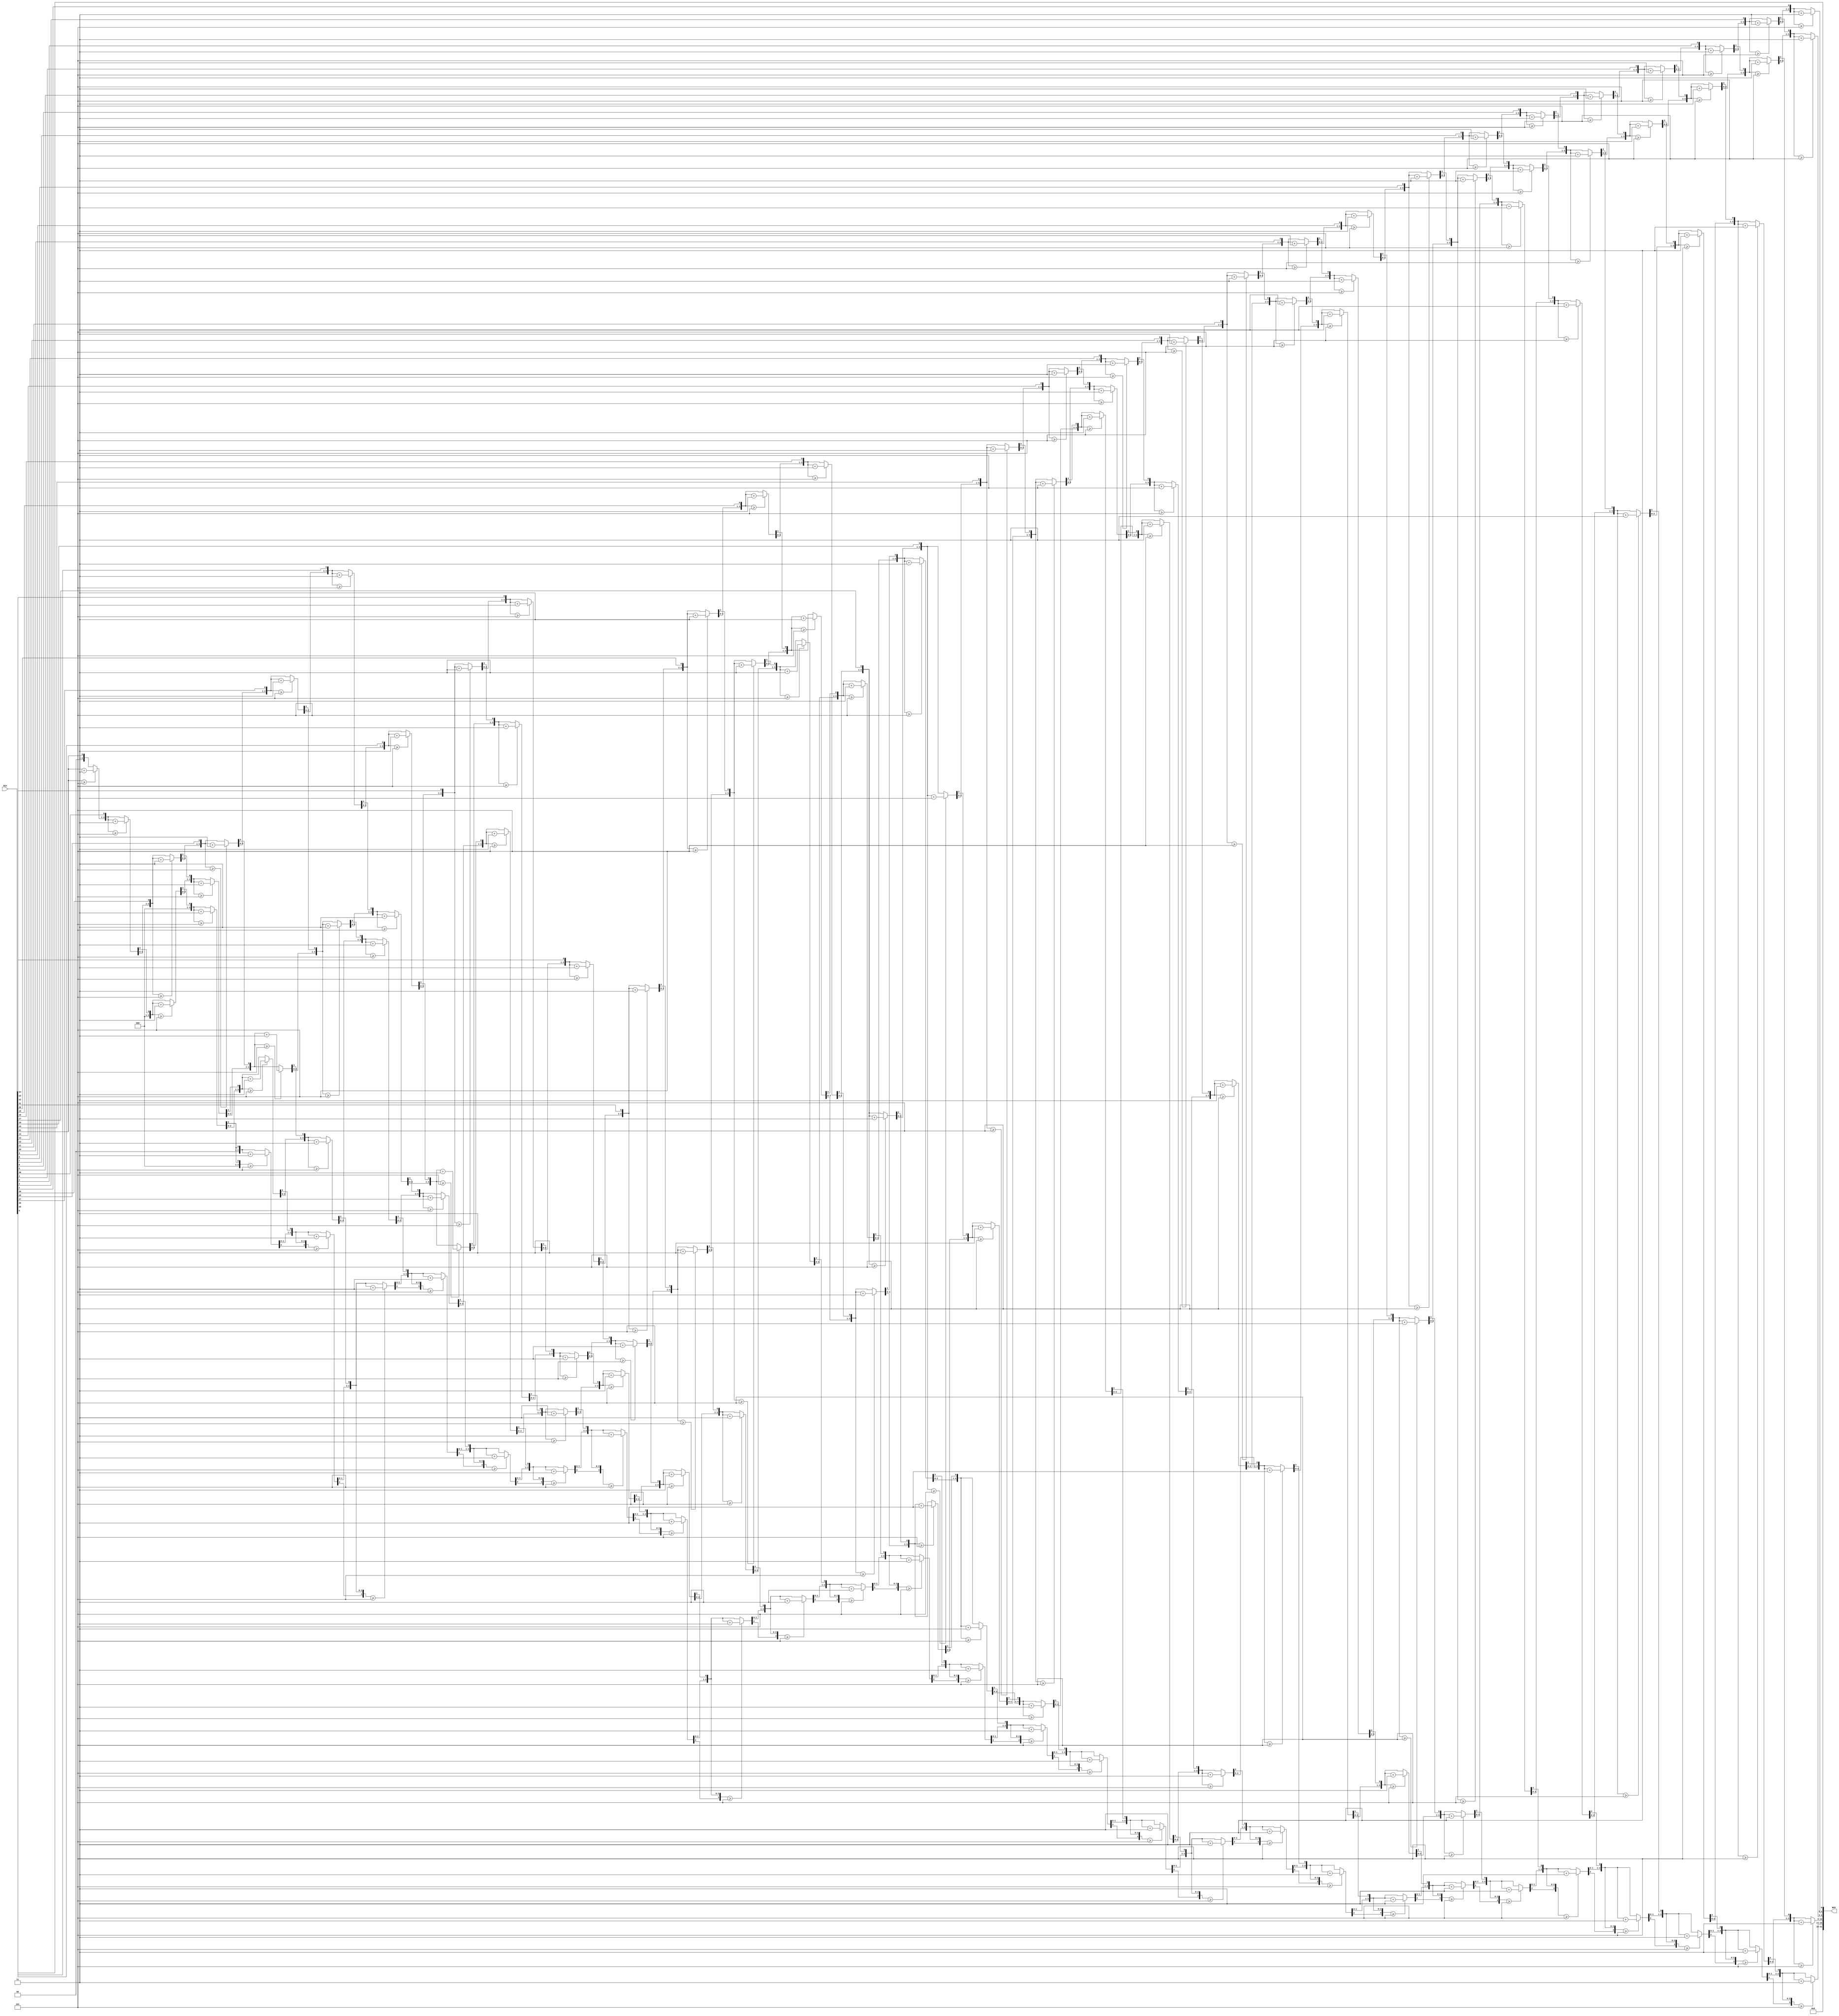
module BinToBCD(
    input [31:0] Bin, 
    output [31:0] BCD
);//3BCD
    integer i;
    //
    reg[3:0] Thousands, Hundreds, Tens, Ones;//3BCD
    assign BCD = {Thousands,Hundreds,Tens,Ones};
    always@(Bin) begin
        Thousands = 4'd0;
        Hundreds = 4'd0;
        Tens = 4'd0;
        Ones = 4'd0;
        for(i = 31; i >= 0; i = i - 1)
        begin
            if(Thousands >= 5)
                Thousands = Thousands+3;
            if(Hundreds >= 5)
                Hundreds = Hundreds + 3;
            if(Tens >= 5)
                Tens = Tens + 3;
            if(Ones >= 5)
                Ones = Ones + 3;
            Thousands = Thousands << 1;
            Thousands[0] = Hundreds[3];
            Hundreds = Hundreds<<1;
            Hundreds[0] = Tens[3];
            Tens = Tens << 1;
            Tens[0] = Ones[3];
            Ones = Ones << 1;
            Ones[0] = Bin[i];
        end
    end
endmodule